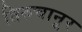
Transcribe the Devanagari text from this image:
तिरुचानूर